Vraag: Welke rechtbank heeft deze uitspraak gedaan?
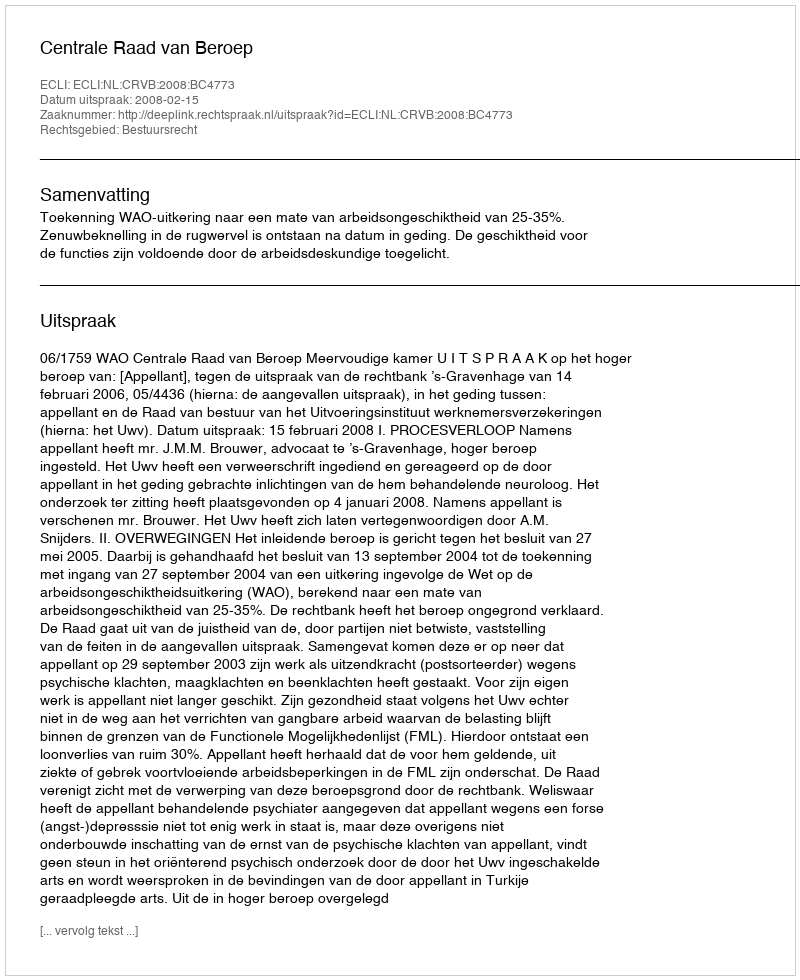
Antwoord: Centrale Raad van Beroep